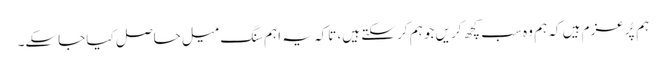
ہم پُرعزم ہیں کہ ہم وہ سب کچھ کریں جو ہم کر سکتے ہیں، تاکہ یہ اہم سنگ میل حاصل کیا جاسکے۔